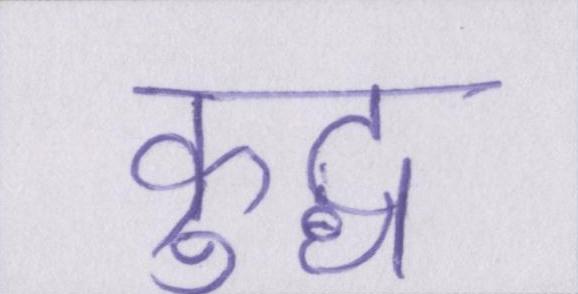
क्रुद्ध